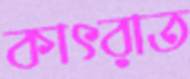
কাৎরাত